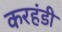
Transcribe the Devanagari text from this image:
करहंडी